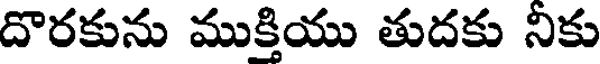
దొరకును ముక్తియు తుదకు నికు